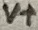
Text: V+